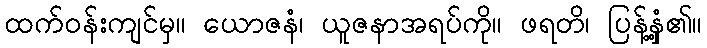
ထက်ဝန်းကျင်မှ။ ယောဇနံ၊ ယူဇနာအရပ်ကို။ ဖရတိ၊ ပြန့်နှံ့၏။